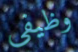
وظيفي